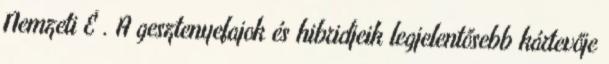
Nemzeti É . A gesztenyefajok és hibridjeik legjelentősebb kártevője